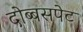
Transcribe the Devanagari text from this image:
दोब्बसपेट